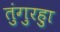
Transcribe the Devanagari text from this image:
तुंगुरहुा